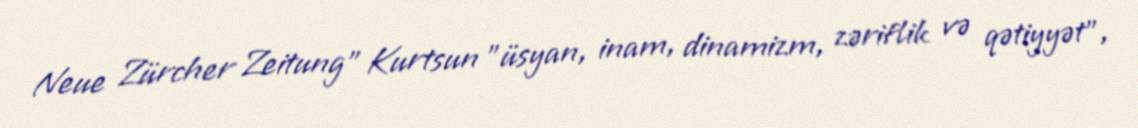
Neue Zürcher Zeitung" Kurtsun "üsyan, inam, dinamizm, zəriflik və qətiyyət",